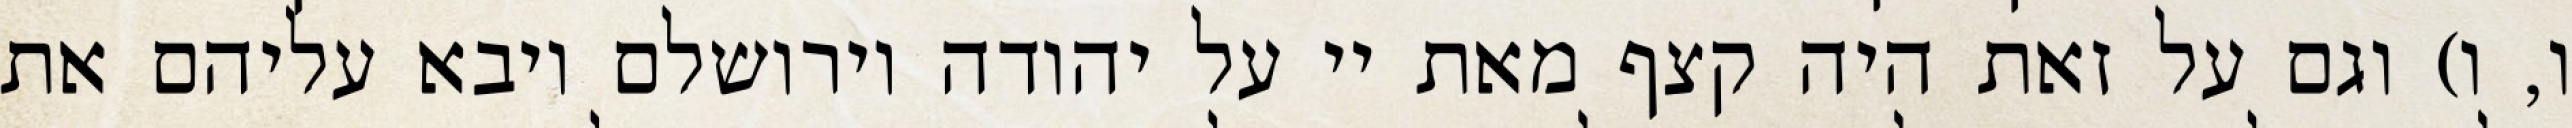
ו, ו) וגם על זאת היה קצף מאת יי על יהודה וירושלם ויבא עליהם את